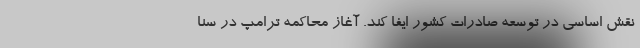
نقش اساسی در توسعه صادرات کشور ایفا کند. آغاز محاکمه ترامپ در سنا